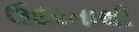
ઉદરતાથી